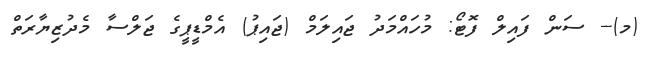
(މ)-- ސަން ފައިލް ފޮޓޯ: މުހައްމަދު ޖައިލަމް (ޖައިޕު) އެމްޑީޕީގެ ޖަލްސާ މެދުޒިޔާރަތް